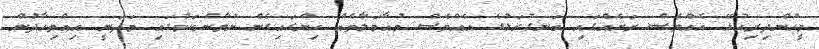
މީހުންދިރިއުޅޭ އެއްވެސް ރަށެއްގައި ބަނގުރަލުގެ އެއްވެސް މުއާމަލާތެއް ހިންގައިގެން ނުވާނެކަމުގައި މަދަނީ އިއްތިހާދުން